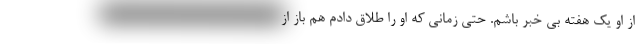
از او یک هفته بی خبر باشم. حتی زمانی که او را طلاق دادم هم باز از